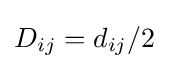
D_{ij}=d_{ij}/2